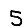
Digit: 5